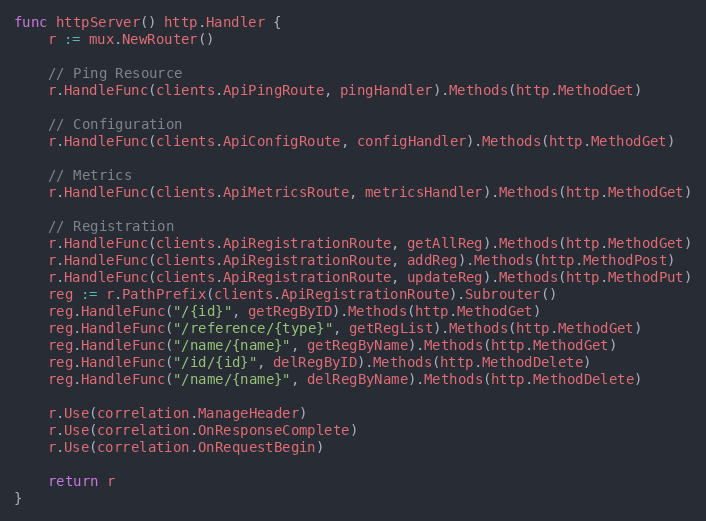
Language: Go
func httpServer() http.Handler {
	r := mux.NewRouter()

	// Ping Resource
	r.HandleFunc(clients.ApiPingRoute, pingHandler).Methods(http.MethodGet)

	// Configuration
	r.HandleFunc(clients.ApiConfigRoute, configHandler).Methods(http.MethodGet)

	// Metrics
	r.HandleFunc(clients.ApiMetricsRoute, metricsHandler).Methods(http.MethodGet)

	// Registration
	r.HandleFunc(clients.ApiRegistrationRoute, getAllReg).Methods(http.MethodGet)
	r.HandleFunc(clients.ApiRegistrationRoute, addReg).Methods(http.MethodPost)
	r.HandleFunc(clients.ApiRegistrationRoute, updateReg).Methods(http.MethodPut)
	reg := r.PathPrefix(clients.ApiRegistrationRoute).Subrouter()
	reg.HandleFunc("/{id}", getRegByID).Methods(http.MethodGet)
	reg.HandleFunc("/reference/{type}", getRegList).Methods(http.MethodGet)
	reg.HandleFunc("/name/{name}", getRegByName).Methods(http.MethodGet)
	reg.HandleFunc("/id/{id}", delRegByID).Methods(http.MethodDelete)
	reg.HandleFunc("/name/{name}", delRegByName).Methods(http.MethodDelete)

	r.Use(correlation.ManageHeader)
	r.Use(correlation.OnResponseComplete)
	r.Use(correlation.OnRequestBegin)

	return r
}